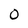
Character: 0